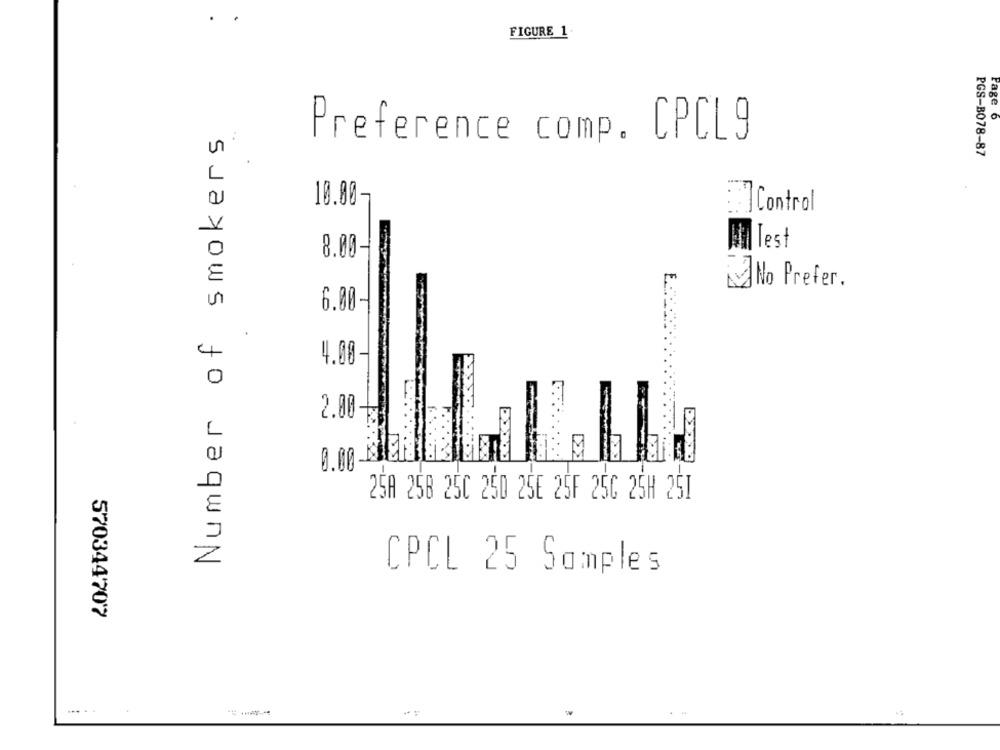
.
FIGURE 1.
Page 6
Number of smokers
Preference comp. CPCL9
PGS-B078-87
10.00
E]Control
Mail Test
8.00
E
No Prefer.
6.00-
0
25A 25B 25C 250 25E 25F 256 25H 251
CPCL 25 Samples
570344707